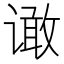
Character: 𰶆